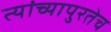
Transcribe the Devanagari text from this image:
त्यांच्यापुरतेच